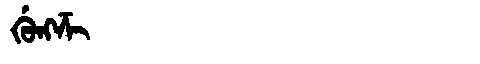
Manchu: ᡤᡠᠩᡯᡳ
Romanization: GUNGDZI